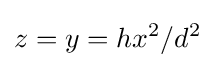
z=y=hx^{2}/d^{2}